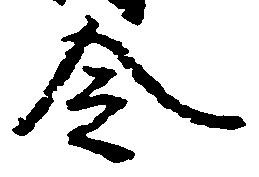
令